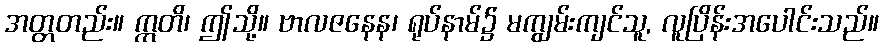
အတ္တတည်း။ ဣတိ၊ ဤသို့။ ဗာလဇနေန၊ ရုပ်နာမ်၌ မကျွမ်းကျင်သူ, လူပြိန်းအပေါင်းသည်။